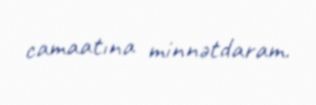
camaatına minnətdaram.